Annual report of the Imperial Bacteriologist
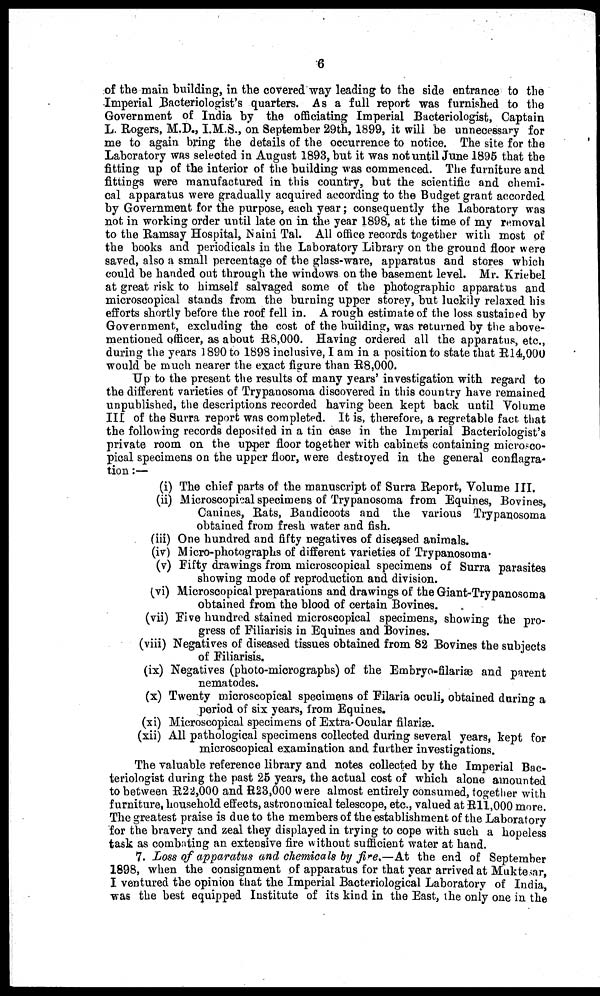
6
of the main building, in the covered way leading to the side entrance to the
Imperial Bacteriologist's quarters. As a full report was furnished to the
Government of India by the officiating Imperial Bacteriologist, Captain
L. Rogers, M.D., I.M.S., on September 29th, 1899, it will be unnecessary for
me to again bring the details of the occurrence to notice. The site for the
Laboratory was selected in August 1893, but it was not until June 1895 that the
fitting up of the interior of the building was commenced. The furniture and
fittings were manufactured in this country, but the scientific and chemi-
cal apparatus were gradually acquired according to the Budget grant accorded
by Government for the purpose, each year; consequently the Laboratory was
not in working order until late on in the year 1898, at the time of my removal
to the Ramsay Hospital, Naini Tal. All office records together with most of
the books and periodicals in the Laboratory Library on the ground floor were
saved, also a small percentage of the glass-ware, apparatus and stores which
could be handed out through the windows on the basement level. Mr. Kriebel
at great risk to himself salvaged some of the photographic apparatus and
microscopical stands from the burning upper storey, but luckily relaxed his
efforts shortly before the roof fell in. A rough estimate of the loss sustained by
Government, excluding the cost of the building, was returned by the above-
mentioned officer, as about R8,000. Having ordered all the apparatus, etc.,
during the years 1890 to 1898 inclusive, I am in a position to state that R14,000
would be much nearer the exact figure than R8,000.
Up to the present the results of many years' investigation with regard to
the different varieties of Trypanosoma discovered in this country have remained
unpublished, the descriptions recorded having been kept back until Volume
III of the Surra report was completed. It is, therefore, a regretable fact that
the following records deposited in a tin case in the Imperial Bacteriologist's
private room on the upper floor together with cabinets containing microsco-
pical specimens on the upper floor, were destroyed in the general conflagra-
tion :—
(i) The chief parts of the manuscript of Surra Report, Volume III.
(ii) Microscopical specimens of Trypanosoma from Equines, Bovines,
Canines, Rats, Bandicoots and the various Trypanosoma
obtained from fresh water and fish.
(iii) One hundred and fifty negatives of diseased animals.
(iv) Micro-photographs of different varieties of Trypanosoma.
(v) Fifty drawings from microscopical specimens of Surra parasites
showing mode of reproduction and division.
(vi) Microscopical preparations and drawings of the Giant-Trypanosoma
obtained from the blood of certain Bovines.
(vii) Five hundred stained microscopical specimens, showing the pro-
gress of Filiarisis in Equines and Bovines.
(viii) Negatives of diseased tissues obtained from 82 Bovines the subjects
of Filiarisis.
(ix) Negatives (photo-micrographs) of the Embryo-filariæ and parent
nematodes.
(x) Twenty microscopical specimens of Filaria oculi, obtained during a
period of six years, from Equines.
(xi) Microscopical specimens of Extra-Ocular filariæ.
(xii) All pathological specimens collected during several years, kept for
microscopical examination and further investigations.
The valuable reference library and notes collected by the Imperial Bac-
teriologist during the past 25 years, the actual cost of which alone amounted
to between R22,000 and R23,000 were almost entirely consumed, together with
furniture, household effects, astronomical telescope, etc., valued at R11,000 more.
The greatest praise is due to the members of the establishment of the Laboratory
for the bravery and zeal they displayed in trying to cope with such a hopeless
task as combating an extensive fire without sufficient water at hand.
7. Loss of apparatus and chemicals by fire.—At the end of September
1898, when the consignment of apparatus for that year arrived at Muktesar,
I ventured the opinion that the Imperial Bacteriological Laboratory of India,
was the best equipped Institute of its kind in the East, the only one in the